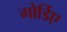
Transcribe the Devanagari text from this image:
गोर्डिए